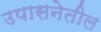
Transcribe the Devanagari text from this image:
उपासनेतील